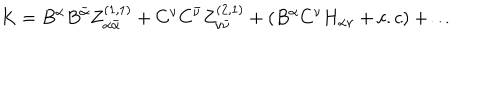
LaTeX: K = B ^ { \alpha } B ^ { \bar { \alpha } } Z _ { \alpha { \bar { \alpha } } } ^ { ( 1 , 1 ) } + C ^ { \nu } C ^ { \bar { \nu } } Z _ { \nu { \bar { \nu } } } ^ { ( 2 , 1 ) } + ( B ^ { \alpha } C ^ { \nu } H _ { \alpha \nu } + c . c ) + \dots